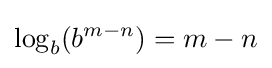
\log _{b}(b^{m-n})=m-n